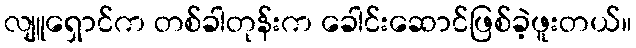
လျူရှောင်က တစ်ခါတုန်းက ခေါင်းဆောင်ဖြစ်ခဲ့ဖူးတယ်။